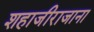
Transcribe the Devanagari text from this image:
शहाजीराजाना